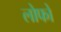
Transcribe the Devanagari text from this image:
लोफो